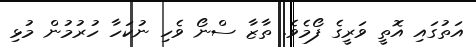
އަތުގައި އޮތީ ވަރީގެ ފޯމެވެ. ތާޒާ ސްނޯ ވެހި ނުކަހާ ހުރުމުން މުޅި